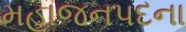
મહાજનપદના